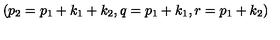
\left( p _ { 2 } = p _ { 1 } + k _ { 1 } + k _ { 2 } , q = p _ { 1 } + k _ { 1 } , r = p _ { 1 } + k _ { 2 } \right)